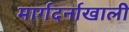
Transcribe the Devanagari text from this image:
मार्गदर्नाखाली